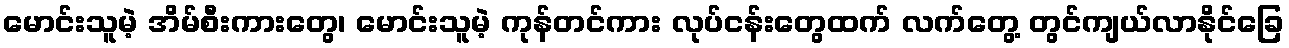
မောင်းသူမဲ့ အိမ်စီးကားတွေ၊ မောင်းသူမဲ့ ကုန်တင်ကား လုပ်ငန်းတွေထက် လက်တွေ့ တွင်ကျယ်လာနိုင်ခြေ